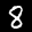
Label: 8